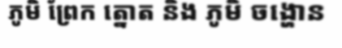
ភូមិ ព្រែក ត្នោត និង ភូមិ ចង្ហោន